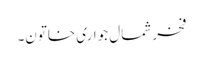
فخر شمال جواری خاتون۔